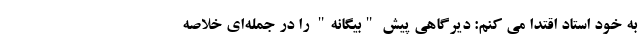
به خود استاد اقتدا می کنم: دیرگاهی پیش "بیگانه" را در جمله‌ای خلاصه